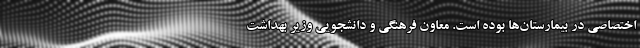
اختصاصی در بیمارستان‌ها بوده است. معاون فرهنگی و دانشجویی وزیر بهداشت